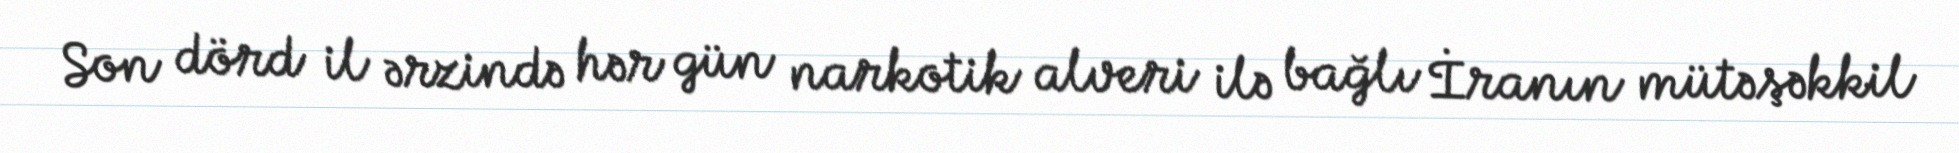
Son dörd il ərzində hər gün narkotik alveri ilə bağlı İranın mütəşəkkil